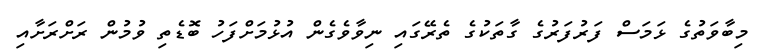
މިބާވަތުގެ ޅަމަސް ފަރުފަރުގެ ގާތަކުގެ ތެރޭގައި ނިވާވެެގެން އުޅުމަށްފަހު ބޮޑެތި ވުމުން ރަށްރަށާއި